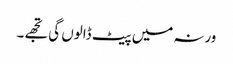
ورنہ میں پیٹ ڈالوں گی تجھے۔